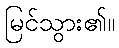
မြင်သွား၏။